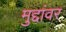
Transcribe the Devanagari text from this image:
मुद्दांवर